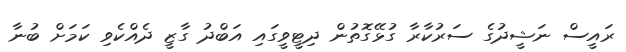
ރައީސް ނަޝީދުގެ ސަރުކާރާ ގުޅޭގޮތުން ދިޓީވީގައި އަބްދު ގާޒީ ދެއްކެވި ކަމަށް ބުނާ